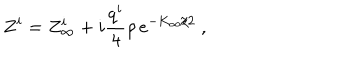
LaTeX: Z ^ { i } = Z _ { \infty } ^ { i } + i { \frac { q ^ { i } } { 4 } } \rho \, e ^ { - K _ { \infty } / 2 } \ ,